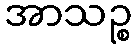
အာသဉ္စ